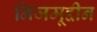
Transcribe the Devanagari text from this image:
निजमूद्दीन